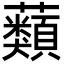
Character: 蘱